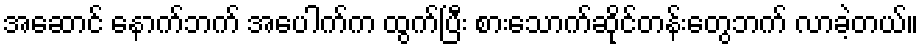
အဆောင် နောက်ဘက် အပေါက်က ထွက်ပြီး စားသောက်ဆိုင်တန်းတွေဘက် လာခဲ့တယ်။